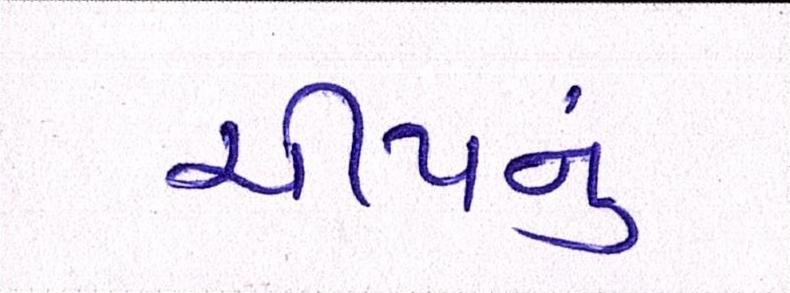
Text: ચીપનું